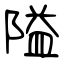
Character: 隘